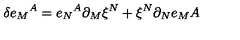
\delta e _ { M } { } ^ { A } = e _ { N } { } ^ { A } \partial _ { M } \xi ^ { N } + \xi ^ { N } \partial _ { N } e _ { M } { A }